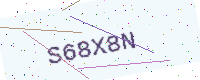
Text: S68X8N